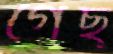
গেছ্